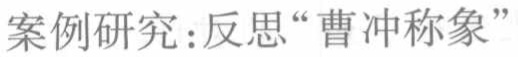
案例研究：反思“曹冲称象”